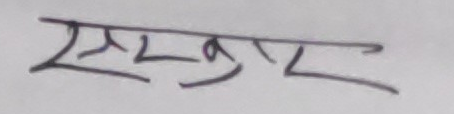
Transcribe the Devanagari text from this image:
एमकुर